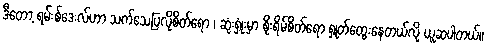
ဒီတော့ ရမ်းစ်ဒေးလ်ဟာ သက်သေပြလိုစိတ်ရော ၊ ဆုံးရှုံးမှာ စိုးရိမ်စိတ်ရော ရှုတ်ထွေးနေတယ်လို့ ယူဆပါတယ်။